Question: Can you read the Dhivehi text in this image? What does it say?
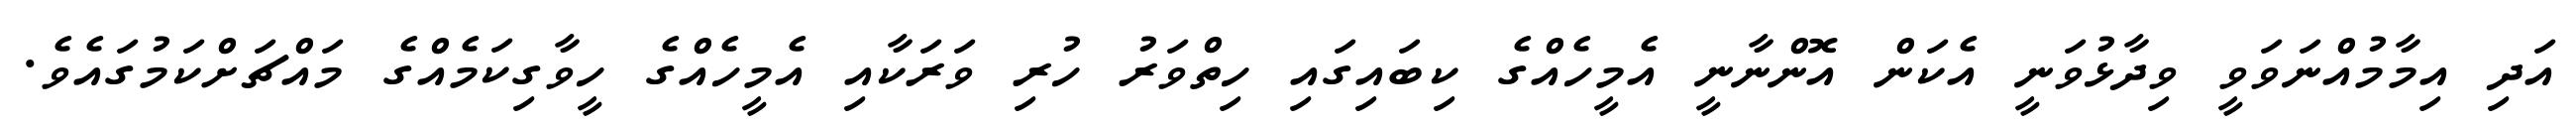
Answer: އަދި އިމާމުއްނަވަވީ ވިދާޅުވަނީ އެކަން އޮންނާނީ އެމީހެއްގެ ކިބައިގައި ހިތްވަރު ހުރި ވަރަކާއި އެމީހެއްގެ ހީވާގިކަމެއްގެ މައްޗަށްކަމުގައެވެ.